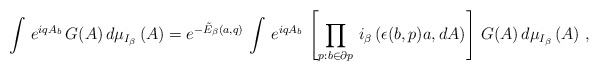
\begin{align*}\left. \int \, e^{i q A_{b}} \, G(A) \, d \mu_{I_{\beta}} \, (A) = e^{- \tilde{E}_{\beta}(a,q)} \, \int \, e^{ i q A_{b}} \, \left[ \prod_{p : b \in \partial p} \, i_{\beta} \, (\epsilon (b,p) a , dA ) \right] \, G(A) \, d \mu_{I_{\beta}} \, (A) \ , \right.\end{align*}